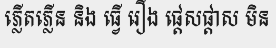
ភ្លើតភ្លើន និង ធ្វើ រឿង ផ្តេសផ្តាស មិន